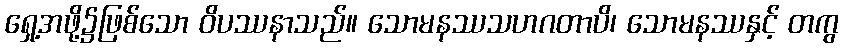
ရှေ့အဖို့၌ဖြစ်သော ဝိပဿနာသည်။ သောမနဿသဟဂတာပိ၊ သောမနဿနှင့် တကွ